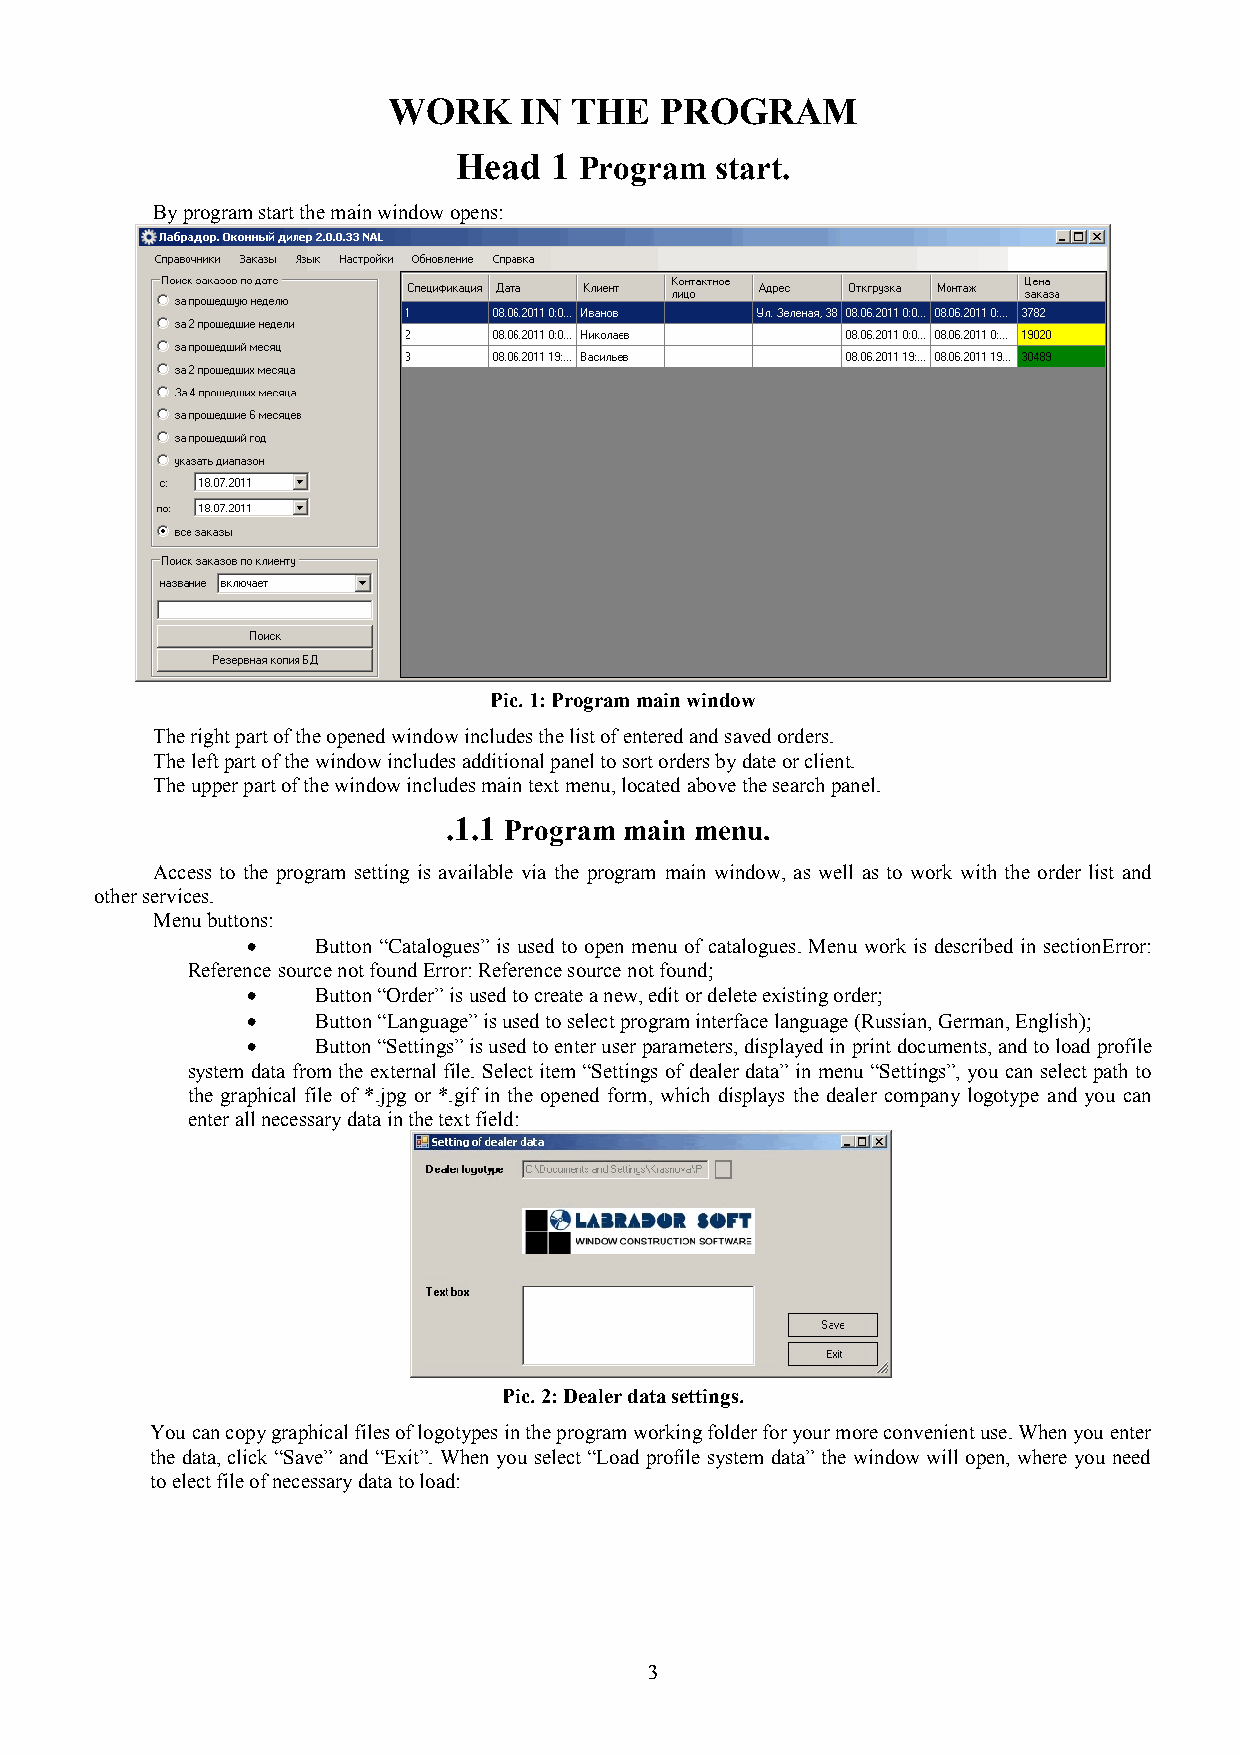
WORK    IN  THE   PROGRAM
 Head  1 Program  start.
 By program start the main window opens:
 Pic. 1: Program main window
 The right part of the opened window includes the list of entered and saved orders.
 The left part of the window includes additional panel to sort orders by date or client.
 The upper part of the window includes main text menu, located above the search panel.
 .1.1 Program main menu.
 Access to the program setting is available via the program main window, as well as to work with the order list and
 other services.
 Menu buttons:
 •    Button “Catalogues” is used to open menu of catalogues. Menu work is described in sectionError:
 Reference source not found Error: Reference source not found;
 •    Button “Order” is used to create a new, edit or delete existing order;
 •    Button “Language” is used to select program interface language (Russian, German, English);
 •    Button “Settings” is used to enter user parameters, displayed in print documents, and to load profile
 system data from the external file. Select item “Settings of dealer data” in menu “Settings”, you can select path to
 the graphical file of *.jpg or *.gif in the opened form, which displays the dealer company logotype and you can
 enter all necessary data in the text field:
 Pic. 2: Dealer data settings.
 You can copy graphical files of logotypes in the program working folder for your more convenient use. When you enter
 the data, click “Save” and “Exit”. When you select “Load profile system data” the window will open, where you need
 to elect file of necessary data to load:
 3